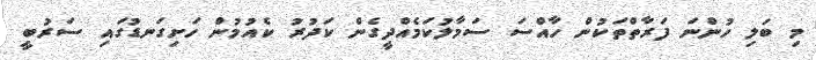
މި ބަލި ހުންނަ ފަރާތްތަކުން ހާއްސަ ސަމާލުކަމެއްދީގެން ކަދުރު ކެއުމުން ހަށިގަނޑުގައި ސަރުބީ